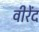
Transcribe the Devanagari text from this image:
वीरेंद